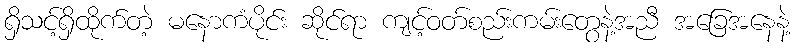
ရှိသင့်ရှိထိုက်တဲ့ မနောကံပိုင်း ဆိုင်ရာ ကျင့်ဝတ်စည်းကမ်းတွေနဲ့အညီ အခြေအနေနဲ့